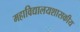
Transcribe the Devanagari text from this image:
महाविद्यालयशासकीय